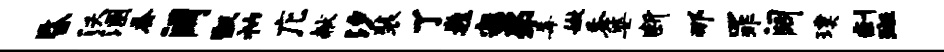
昏沃溷蚕阔甑衲庀献汐装了巍寂弟毒嫩黍婆断那罪阔璞剩斑